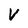
Character: V